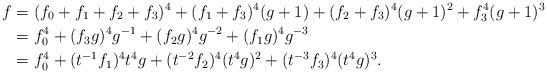
LaTeX: \begin{align*}f &= (f_0 + f_1 + f_2 + f_3)^4 + (f_1 + f_3)^4 (g+1) + (f_2 + f_3)^4 (g+1)^2 + f_3^4 (g+1)^3\\&= f_0^4 + (f_3 g)^4 g^{-1} + (f_2 g)^4 g^{-2} + (f_1 g)^4 g^{-3} \\&= f_0^4 + (t^{-1} f_1)^4 t^4 g + (t^{-2} f_2)^4 (t^4 g)^2 + (t^{-3} f_3)^4 (t^4 g)^3.\end{align*}